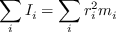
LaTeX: \sum _ { i } I _ { i } = \sum _ { i } r _ { i } ^ { 2 } m _ { i }